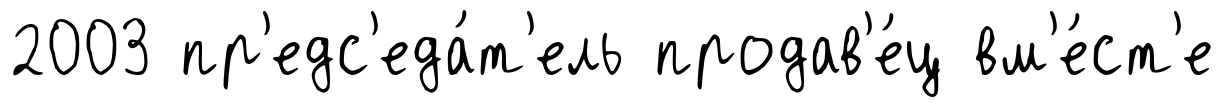
2003 пр'едс'еда́т'ель продав'е́ц вм'е́ст'е